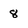
Character: 8